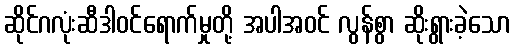
ဆိုင်ဂလုံးဆီဒါဝင်ရောက်မှုတို့ အပါအဝင် လွန်စွာ ဆိုးရွားခဲ့သော